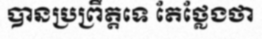
បានប្រព្រឹត្តទេ តែថ្លែងថា